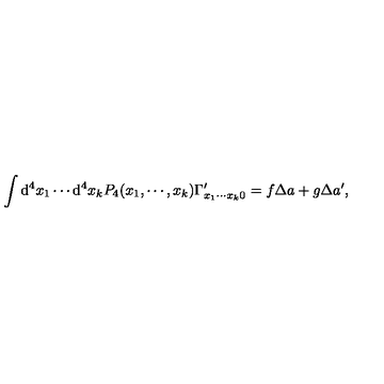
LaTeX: \int \mathrm { d } ^ { 4 } x _ { 1 } \cdots \mathrm { d } ^ { 4 } x _ { k } P _ { 4 } ( x _ { 1 } , \cdots , x _ { k } ) \Gamma _ { x _ { 1 } \cdots x _ { k } 0 } ^ { \prime } = f \Delta a + g \Delta a ^ { \prime } ,